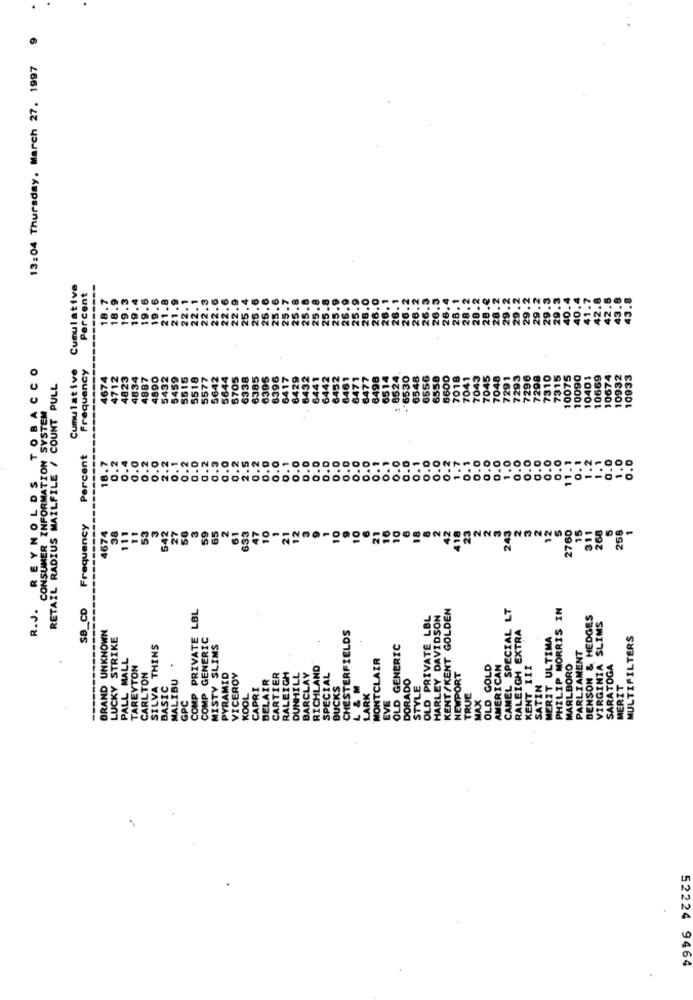
13:04 Thursday, March 27. 1997
Cumulative Cumulative
Percent
TOBACCO
Cumulative
Frequency
4823
4890
5432
5459
5515
5518
5577
5642
5644
6705
6338
6385
6395
6396
6530
6556
6558
5600
7041
7043
7045
7048
7291
7293
7296
7298
7310
7315
10075
10090
669
10674
10932
10933
RETAIL RADIUS MAILFILE / COUNT PULL
48
643
644
644
649
654
701
CONSUMER INFORMATION SYST
Percent
------
18.7
0.2
0.4
0.0
0.2
0.2
0.2
0.0
0.0
0.1
0.0
0.0
0.0
0.0
0.0
0.0
0.1
0.0
0.0
0.0
0.2
1.7
0.0
0.0
1.0
0.0
0.0
0.0
11.1
0.1
1.2
1.1
0.0
0.0
2 ..
0. 1
0.
2.5
o.
o.
O.
0.1
0.
0.
O.
1.0
R.J. REYNOLDS
Frequency
111
53
3
542
27
3
2
21
12
3
9
1
10
9
10
6
10
18
42
418
23
2
2
3
243
2760
15
268
4674
38
11
59
65
833
47
10
21
311
266
SB_CD
COMP PRIVATE LBL
KENT/KENT GOLDEN
CAMEL SPECIAL LT
PHILIP MORRIS IN
OLD PRIVATE LBL
HARLEY DAVIDSON
BENSON & HEDGES
VIRGINIA SLIMS
BRAND UNKNOWN
CHESTERFIELDS
RALEIGH EXTRA
LUCKY STRIKE
COMP GENERIC
MERIT ULTIMA
MULTIFILTERS
SILVA THINS
MISTY SLIMS
OLD GENERIC
PALL MALL
MONTCLAIR
PARLIAMENT
TAREYTON
RICHLAND
NEWPORT
D GOLD
AMERICAN
KENT III
MARLBORO
SARATOGA
CARLTON
MALIBU
PYRAMID
VICEROY
BELAIR
CARTIER
RALEIGH
DUNHILL
BARCLAY
SPECIAL
DORADO
BASIC
CAPRI
BUCKS
L & M
LARK
STYLE
SATIN
MERIT
KOOL
EVE
TRUE
MAX
GPC
52224 9464